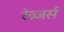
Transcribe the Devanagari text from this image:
रेव्न्जर्स